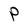
Character: P